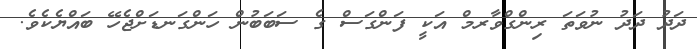
ދަދު ދަދު ނުވަތަ ރިންގްވާރމް އަކީ ފަންގަސް ގެ ސަބަބުން ހަންގަނޑަށްޖެހޭ ބައްޔެކެވެ.